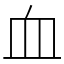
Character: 血